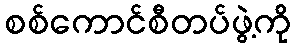
စစ်ကောင်စီတပ်ဖွဲ့ကို